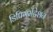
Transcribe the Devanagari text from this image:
डिपिगमेंटेशन